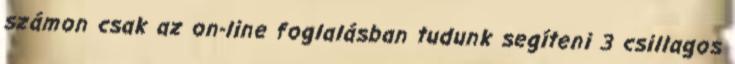
számon csak az on-line foglalásban tudunk segíteni 3 csillagos